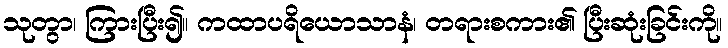
သုတွာ၊ ကြားပြီး၍။ ကထာပရိယောသာနံ၊ တရားစကား၏ ပြီးဆုံးခြင်းကို။